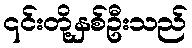
၎င်းတို့နှစ်ဦးသည်